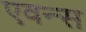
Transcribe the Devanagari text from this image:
एवन्स